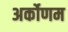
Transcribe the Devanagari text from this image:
अर्कोणम